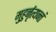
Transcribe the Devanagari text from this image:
मुहुर्नृत्यन्तं